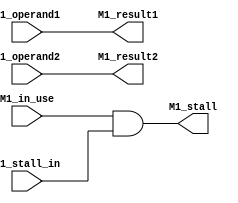
module M1 #(parameter OPERAND_SIZE=32) (
    input [OPERAND_SIZE-1:0]  M1_operand1,
    input [OPERAND_SIZE-1:0]  M1_operand2,

    output [OPERAND_SIZE-1:0] M1_result1,
    output [OPERAND_SIZE-1:0] M1_result2,

    input M1_stall_in,
    output M1_stall,
    input M1_in_use);

    assign M1_result1 = M1_operand1;
    assign M1_result2 = M1_operand2;

    assign M1_stall= M1_in_use & M1_stall_in;

endmodule